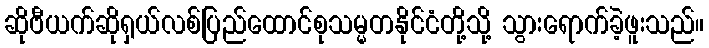
ဆိုဗီယက်ဆိုရှယ်လစ်ပြည်ထောင်စုသမ္မတနိုင်ငံတို့သို့ သွားရောက်ခဲ့ဖူးသည်။